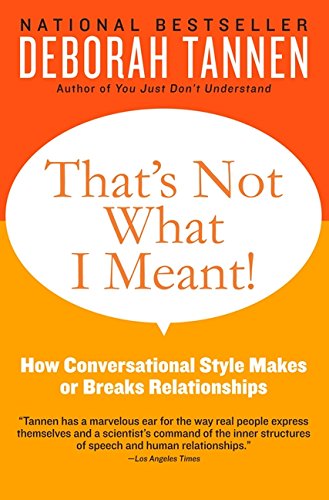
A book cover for That's Not What I Meant!: How Conversational Style Makes or Breaks Relationships; Deborah Tannen; Health, Fitness & Dieting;